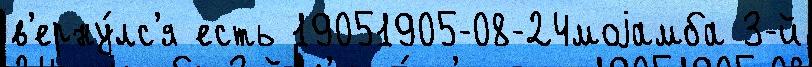
в'ерну́лс'я есть 19051905-08-24моjамба 3-й